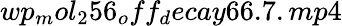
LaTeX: wp_{m}ol_{2}56_{o}ff_{d}ecay66.7.mp4